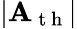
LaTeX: |\mathbf{A}_{\mathrm{{~t~h~}}}|